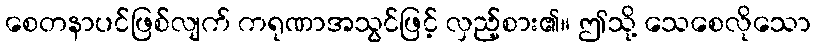
စေတနာပင်ဖြစ်လျက် ကရုဏာအသွင်ဖြင့် လှည့်စား၏။ ဤသို့ သေစေလိုသော